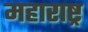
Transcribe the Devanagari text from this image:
महाराष्ट्र